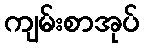
ကျမ်းစာအုပ်